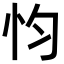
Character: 𢗋